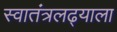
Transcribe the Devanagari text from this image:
स्वातंत्रलढ्याला